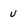
Character: U